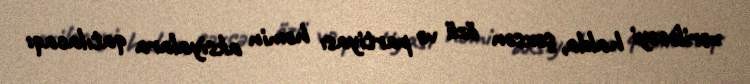
veriləcəyi halda, şəxsən özü və partiyası həmin aksiyalara qatılacaq: